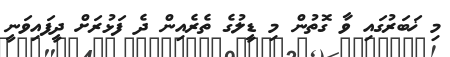
މި ޚަބަރުގައި ވާ ގޮތުން މި ޑީލުގެ ތެރެއިން ދެ ފަޅުރަށް ދީފައިވަނީ